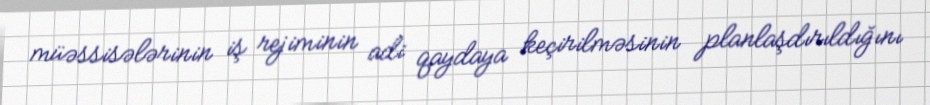
müəssisələrinin iş rejiminin adi qaydaya keçirilməsinin planlaşdırıldığını